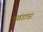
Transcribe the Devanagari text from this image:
भूखंडांवर